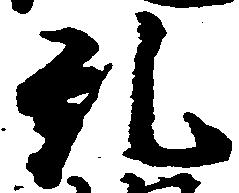
糺